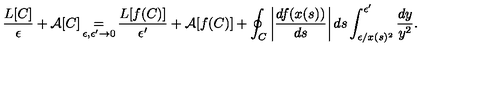
\frac { L [ C ] } { \epsilon } + \mathcal { A } [ C ] \mathop { = } _ { \epsilon , \epsilon ^ { \prime } \to 0 } \frac { L [ f ( C ) ] } { \epsilon ^ { \prime } } + \mathcal { A } [ f ( C ) ] + \oint _ { C } \left| \frac { d f ( x ( s ) ) } { d s } \right| d s \int _ { \epsilon / x ( s ) ^ { 2 } } ^ { \epsilon ^ { \prime } } \frac { d y } { y ^ { 2 } } .